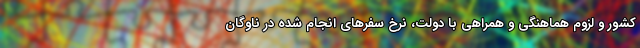
کشور و لزوم هماهنگی و همراهی با دولت، نرخ سفرهای انجام شده در ناوگان